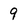
Character: 9